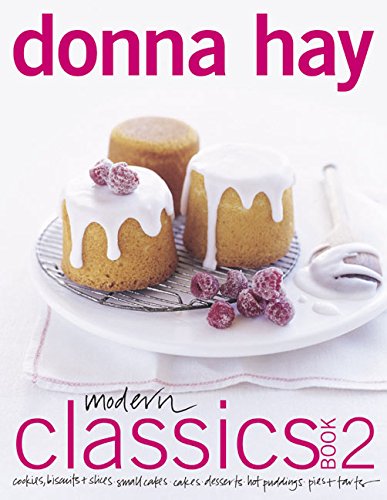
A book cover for Modern Classics, Book 2: Cookies, Biscuits & Slices, Small Cakes, Cakes, Desserts, Hot Puddings, Pies & Tarts; Donna Hay; Cookbooks, Food & Wine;